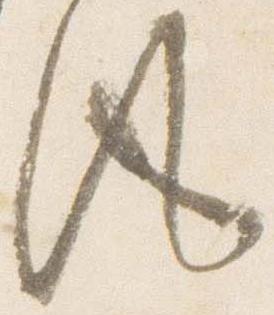
風